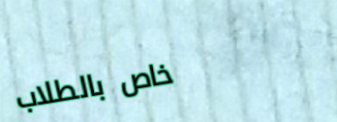
خاص بالطلاب